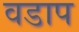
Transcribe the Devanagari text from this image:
वडाप